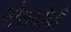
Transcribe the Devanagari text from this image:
मोलदोवी